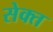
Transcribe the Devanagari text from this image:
सेक्त